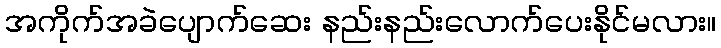
အကိုက်အခဲပျောက်ဆေး နည်းနည်းလောက်ပေးနိုင်မလား။